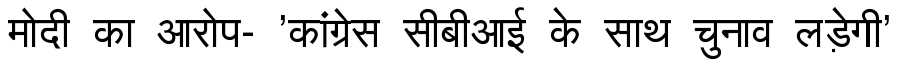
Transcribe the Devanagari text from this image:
मोदी का आरोप- 'कांग्रेस सीबीआई के साथ चुनाव लड़ेगी'